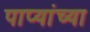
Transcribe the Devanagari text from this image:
पाप्यांच्या